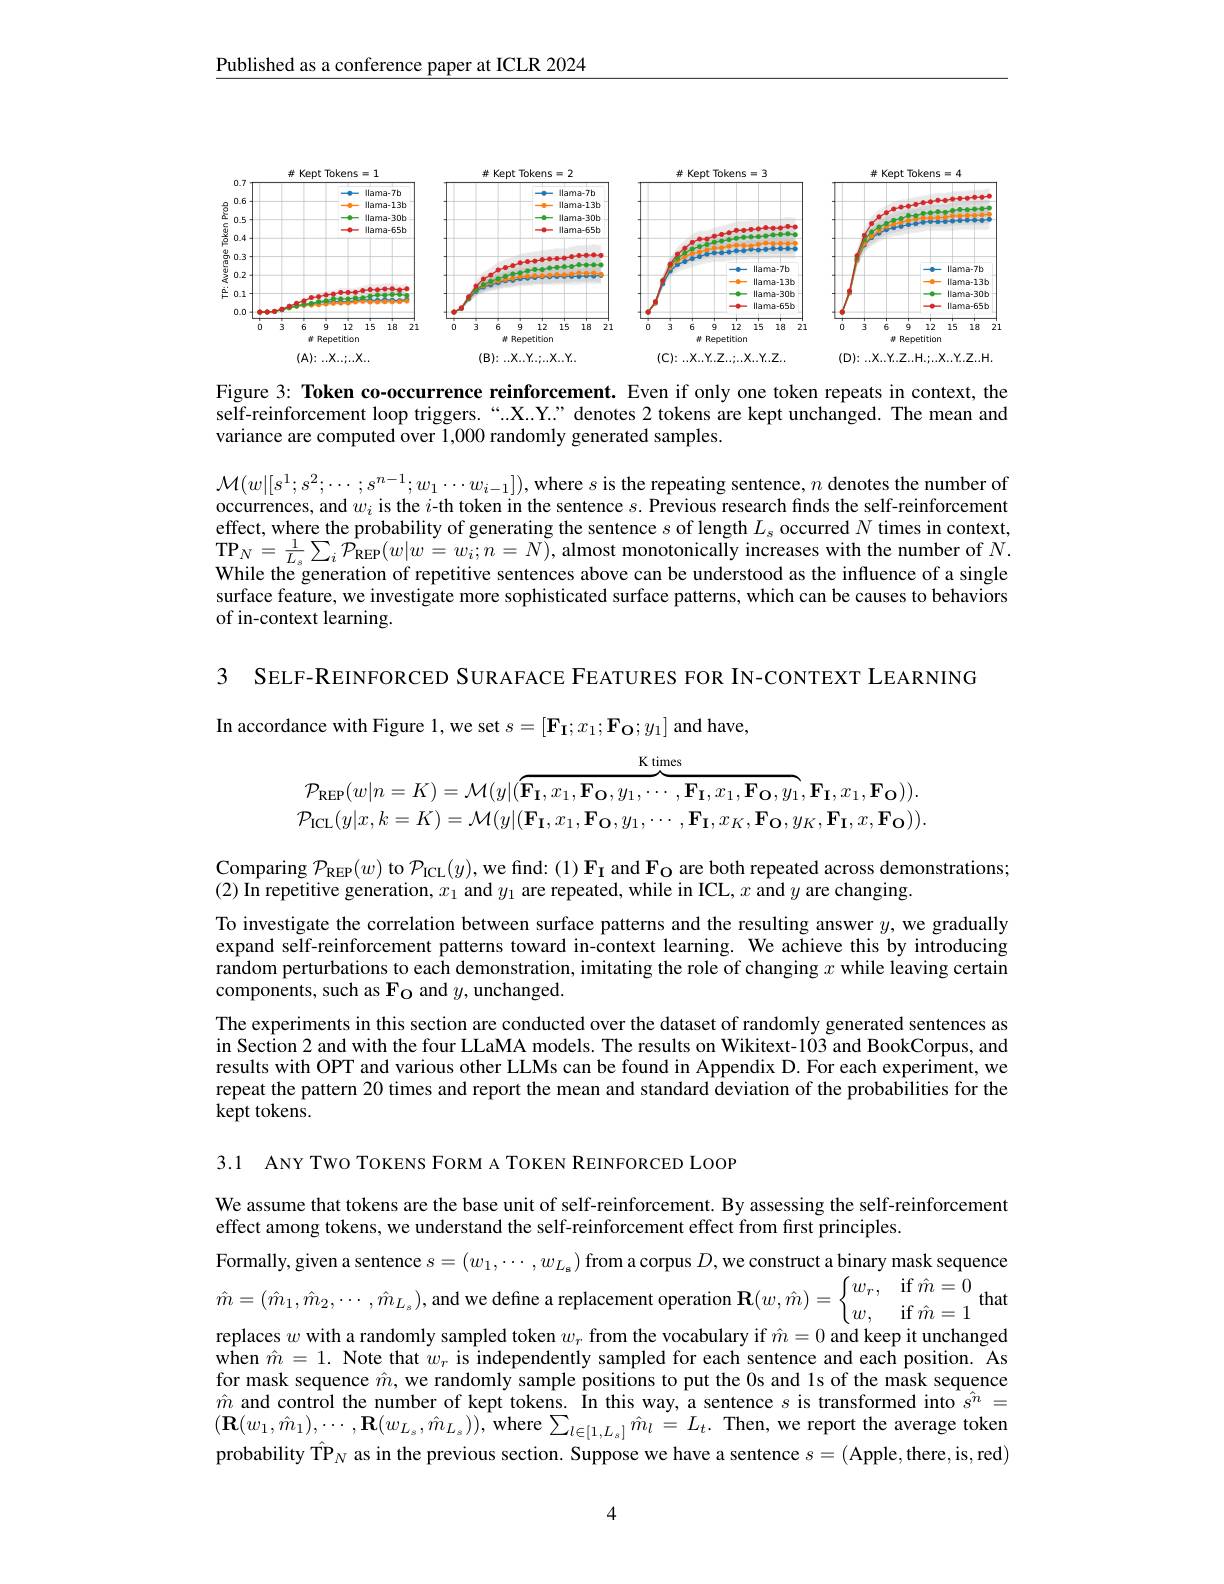
$\underline{\text{Published as a conference paper at ICLR 2024}}$

<FigureHere>

Figure 3: Token co-occurrence reinforcement. Even if only one token repeats in context, the self-reinforcement loop triggers.“.X..Y." denotes 2 tokens are kept unchanged. The mean and variance are computed over 1,000 randomly generated samples.

$\mathcal{M}(w|[s^1;s^2;\cdots;s^{n-1};w_1\cdots w_{i-1}])$,where $s$ is the repeating sentence, $n$ denotes the number of occurrences, and $w_i$ is the $i$-th token in the sentence $s.$ Previous research finds the self-reinforcement effect, where the probability of generating the sentence $s$ of length $L_s$ occurred $N$ times in context, $\mathbf{TP}_{N}=\frac{1}{L_{s}}\sum_{i}\hat{\mathcal{P}}_{\mathrm{REP}}(w|w=w_{i};n=N)$,almost monotonically increases with the number of $N.$ While the generation of repetitive sentences above can be understood as the influence of a single surface feature, we investigate more sophisticated surface patterns, which can be causes to behaviors of in-context learning.

3 SELF-REINFORCED SURAFACE FEATURES FOR IN-CONTEXT LEARNING

In accordance with Figure 1, we set $s=[\mathbf{F_{I}};x_{1};\mathbf{F_{O}};y_{1}]$ and have,
$$\mathcal{P}_{\mathrm{REP}}(w|n=K)=\mathcal{M}(y|(\overbrace{\mathbf{F_{I}},x_{1},\mathbf{F_{O}},y_{1},\cdots,\mathbf{F_{I}},x_{1},\mathbf{F_{O}},y_{1}}^{\mathrm{K~times}},\mathbf{F_{I}},x_{1},\mathbf{F_{O}})).\\\mathcal{P}_{\mathrm{ICL}}(y|x,k=K)=\mathcal{M}(y|(\mathbf{F_{I}},x_{1},\mathbf{F_{O}},y_{1},\cdots,\mathbf{F_{I}},x_{K},\mathbf{F_{O}},y_{K},\mathbf{F_{I}},x,\mathbf{F_{O}})).$$
Comparing $\mathcal{P}_\mathrm{REP}(w)$ to $\mathcal{P}_\mathrm{ICL}(y)$, we find: (1) F$_\mathbf{I}$ and Fo are both repeated across demonstrations;
(2) In repetitive generation, $x_1$ and $y_1$ are repeated, while in ICL, $x$ and $y$ are changing.
To investigate the correlation between surface patterns and the resulting answer $y$, we gradually expand self-reinforcement patterns toward in-context learning. We achieve this by introducing random perturbations to each demonstration, imitating the role of changing $x$ while leaving certain $\hat{\text{components, such as Fo and }y}$,unchanged
The experiments in this section are conducted over the dataset of randomly generated sentences as in Section 2 and with the four LLaMA models. The results on Wikitext-103 and BookCorpus, and results with OPT and various other LLMs can be found in Appendix D. For each experiment, we repeat the pattern 20 times and report the mean and standard deviation of the probabilities for the $\overset{\mathrm{kept~tokens.}}{\operatorname*{\operatorname*{kept~tokens.}}}$

3.1 ANY TWO TOKENS FORM A TOKEN REINFORCED LOOP

We assume that tokens are the base unit of self-reinforcement. By assessing the self-reinforcement
effect among tokens, we understand the self-reinforcement effect from first principles.
Formally, given a sentence $s=(w_1,\cdots,w_{L_{\mathbf{s}}})$ from a corpus $D$,we construct a binary mask sequence $\hat{m}=(\hat{m}_{1},\hat{m}_{2},\cdots,\hat{m}_{L_{s}})$,and we define a replacement operation $\mathbf{R} ( w, \hat{m} ) = \begin{cases} w_{r}, & \mathrm{if~}m= 0\\ w, & \mathrm{if~}\hat{m} = 1& \end{cases}$that replaces $w$ with a randomly sampled token $w_r$ from the vocabulary if $\hat{m}=0$ and keep it unchanged $\hat{\text{when }m}=1.$ Note that $w_r$ is independently sampled for each sentence and each position. As for mask sequence $\hat{m}$, we randomly sample positions to put the Os and 1s of the mask sequence $\hat{m}$ and control the number of kept tokens. In this way, a sentence $s$ is transformed into $\hat{s}^n=$ $(\mathbf{R}(w_{1},\hat{m}_{1}),\cdots,\mathbf{R}(w_{L_{s}},\hat{m}_{L_{s}}))$,where$\sum_l\in[1,L_{s}]\hat{m}_{l}=L_{t}.$Then,we report the average token probability T$\hat{\mathcal{P}}_N$ as in the previous section. Suppose we have a sentence $s=($Apple, there, is, red)

4